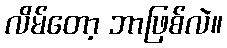
လိမ်တော့ ဘာဖြစ်လဲ။